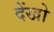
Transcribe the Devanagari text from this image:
देंखो